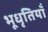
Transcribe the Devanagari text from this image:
भूधृतियाँ